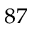
^ { 8 7 }